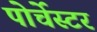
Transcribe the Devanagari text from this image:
पोर्चेस्टर